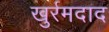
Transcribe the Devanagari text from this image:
खुर्रमदाद